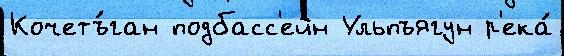
Кочетъ́ган подбасс'ейн Ульпъягун р'ека́